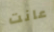
عانت